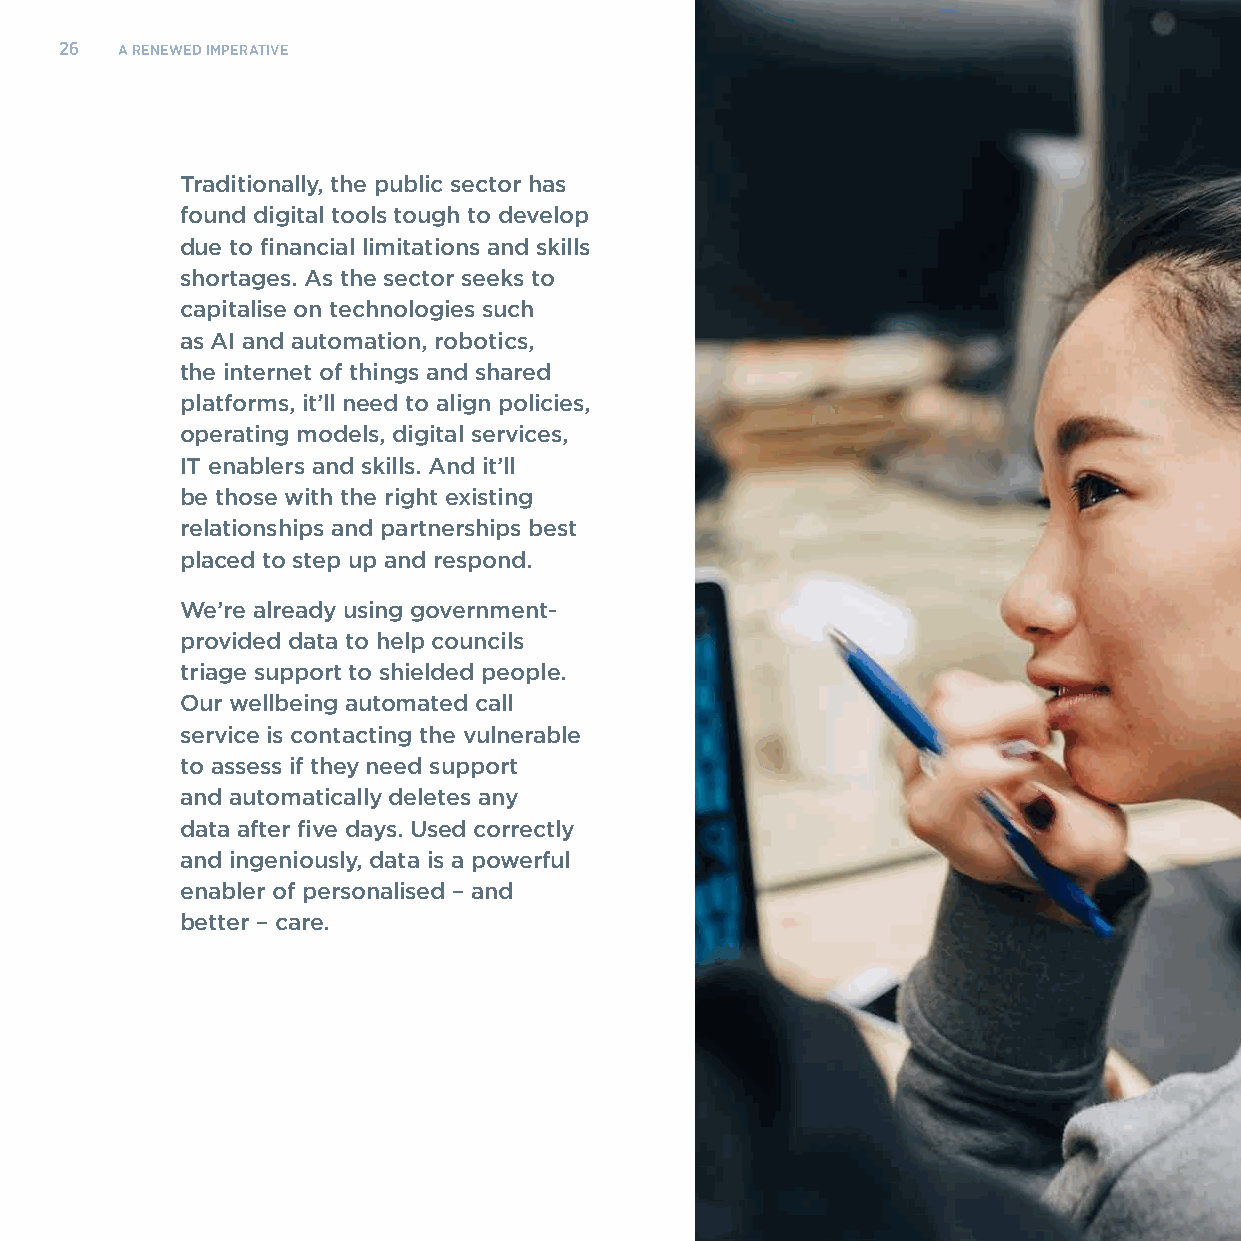
26  A RENEWED IMPERATIVE
 Traditionally, the public sector has
 found digital tools tough to develop
 due to financial limitations and skills
 shortages. As the sector seeks to
 capitalise on technologies such
 as AI and automation, robotics,
 the internet of things and shared
 platforms, it’ll need to align policies,
 operating models, digital services,
 IT enablers and skills. And it’ll
 be those with the right existing
 relationships and partnerships best
 placed to step up and respond.
 We’re already using government-
 provided data to help councils
 triage support to shielded people.
 Our wellbeing automated call
 service is contacting the vulnerable
 to assess if they need support
 and automatically deletes any
 data after five days. Used correctly
 and ingeniously, data is a powerful
 enabler of personalised – and
 better – care.